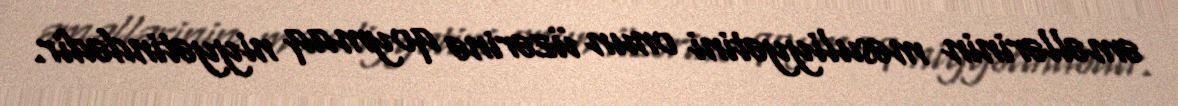
əməllərinin məsuliyyətini onun üzərinə qoymaq niyyətindədir.